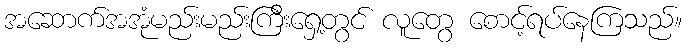
အဆောက်အအုံမည်းမည်းကြီးရှေ့တွင် လူတွေ စောင့်ရပ်နေကြသည်။